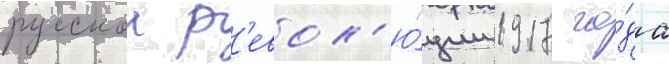
русскои р'евол'ю́ции 1917 го́да